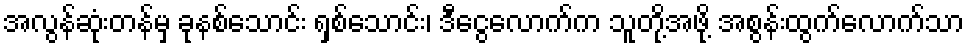
အလွန်ဆုံးတန်မှ ခုနစ်သောင်း ရှစ်သောင်း၊ ဒီငွေလောက်က သူတို့အဖို့ အစွန်းထွက်လောက်သာ